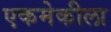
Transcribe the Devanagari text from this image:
एकमेकीला